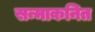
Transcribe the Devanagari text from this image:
सन्माकनित